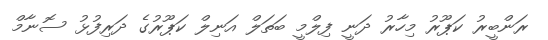
ރަންބީރު ކަޕޫރު މިހާރު ދަނީ ފިލްމީ ބަތަލް އަނިލް ކަޕޫރުގެ ދަރިފުޅު ސޮނާމް